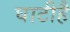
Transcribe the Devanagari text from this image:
घाटीहै